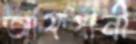
আফগানী